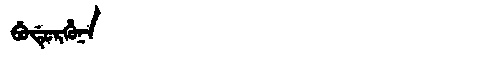
Manchu: ᠪᡠᡩᡠᡵᡥᡠᠨᠠ
Romanization: BUDURHUNA